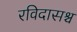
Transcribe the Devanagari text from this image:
रविदासश्च